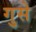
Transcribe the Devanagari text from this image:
गुसे